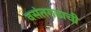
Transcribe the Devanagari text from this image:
वसंतगडाची